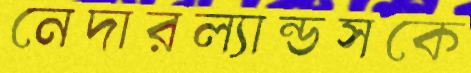
নেদারল্যান্ডসকে